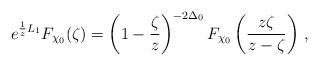
LaTeX: \begin{align*}e^{{1\over z}L_1}F_{\chi_0}(\zeta)=\left(1-{\zeta\over z}\right)^{-2\Delta_0}F_{\chi_0}\left({z\zeta\over{z-\zeta}}\right)\,,\end{align*}